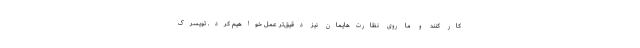
کار کنند و ما روی نظارت‌هایمان نیز دقیق‌تر عمل خواهیم کرد. تویسرک